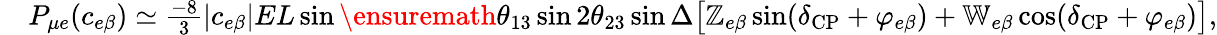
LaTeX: \begin{array}{rl}&{P_{\mu e}(c_{e\beta})\simeq\frac{-8}{3}|c_{e\beta}|EL\sin\ensuremath{\theta_{13}}\sin 2\theta_{23}\sin\Delta\big[\mathbb{Z}_{e\beta}\sin(\delta_{\mathrm{CP}}+\varphi_{e\beta})+\mathbb{W}_{e\beta}\cos(\delta_{\mathrm{CP}}+\varphi_{e\beta})\big],}\end{array}